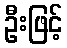
ဦးဖြင့်